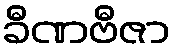
ခီဏဗီဇာ